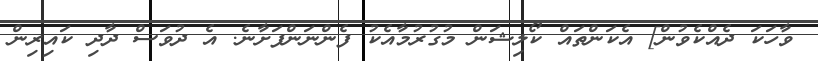
ވާހަކަ ދެއްކެވުން] އެކަންތައް ކޯލިޝަން މުގުރުމާއެކު ފެންނަންފަށާނެ. އެ ދުވަސް ދާދި ކައިރިން